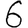
Digit: 6